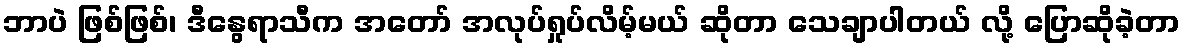
ဘာပဲ ဖြစ်ဖြစ်၊ ဒီနွေရာသီက အတော် အလုပ်ရှုပ်လိမ့်မယ် ဆိုတာ သေချာပါတယ် လို့ ပြောဆိုခဲ့တာ